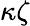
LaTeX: \kappa\zeta